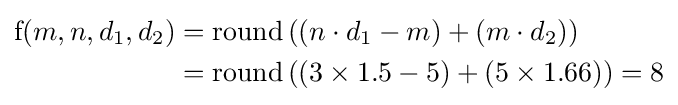
{\begin{aligned}{\text{f}}(m,n,d_{1},d_{2})&={\text{round}}\left((n\cdot d_{1}-m)+(m\cdot d_{2})\right)\\&={\text{round}}\left((3\times 1.5-5\right)+(5\times 1.66))=8\end{aligned}}